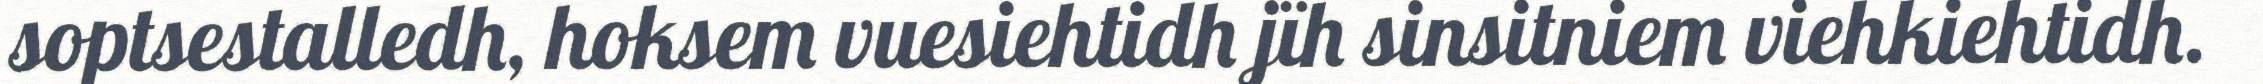
soptsestalledh, hoksem vuesiehtidh jïh sinsitniem viehkiehtidh.